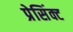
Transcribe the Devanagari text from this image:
प्रेसिंक्ट